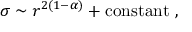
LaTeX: \sigma \sim r ^ { 2 ( 1 - \alpha ) } + \mathrm { c o n s t a n t } ~ ,